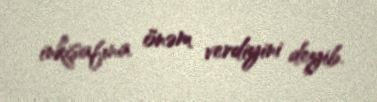
inkişafına önəm verdiyini deyib.